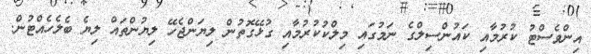
އިންވެސްޓު ކުރުމާއި ކައުންސިލްގެ ނަމުގައި މިލްކުކުރުމާއި ގުޅޭގޮތުން ލިޔަންޖެހޭ ލިޔުންތައް ލިޔެ ބެލެހެއްޓުން.